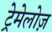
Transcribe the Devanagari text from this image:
ट्रेमेलोज़